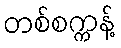
တစ်စက္ကန့်